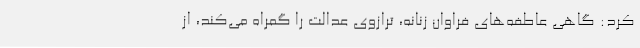
کرد: گاهی عاطفه‌های فراوان زنانه، ترازوی عدالت را گمراه می‌کند، از